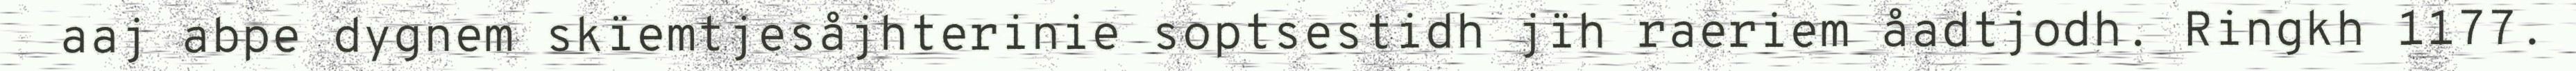
aaj abpe dygnem skïemtjesåjhterinie soptsestidh jïh raeriem åadtjodh. Ringkh 1177.